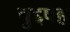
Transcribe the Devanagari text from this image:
चुद्दपह